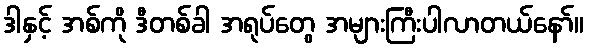
ဒါနှင့် အစ်ကို ဒီတစ်ခါ အရုပ်တွေ အများကြီးပါလာတယ်နော်။